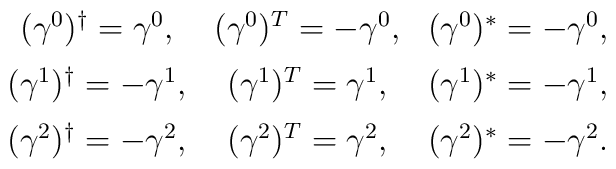
\begin{array}{ccc}(\gamma^0)^{\dagger}=\gamma^0,& (\gamma^0)^T=-\gamma^0,&(\gamma^0)^*=-\gamma^0,\\ [2mm](\gamma^1)^{\dagger}=-\gamma^1,& (\gamma^1)^T=\gamma^1,&(\gamma^1)^*=-\gamma^1,\\ [2mm](\gamma^2)^{\dagger}=-\gamma^2,& (\gamma^2)^T=\gamma^2,&(\gamma^2)^*=-\gamma^2.\end{array}